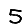
Digit: 5